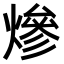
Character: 𤍜